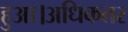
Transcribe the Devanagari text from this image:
हुआ।अधिकतर